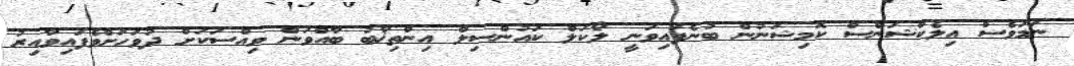
ނަމަވެސް އިލެކްޝަންސް ކޮމިޝަނުން ބުނެފައިވަނީ ލޯކަލް ކައުންސިލް އިންތިޚާބު ބާއްވަން ވިއްސަކަށް ދުވަހަށްވެފައިވާއިރު